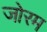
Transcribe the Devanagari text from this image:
जोरम